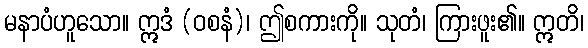
မနာပံဟူသော။ ဣဒံ (ဝစနံ)၊ ဤစကားကို။ သုတံ၊ ကြားဖူး၏။ ဣတိ၊